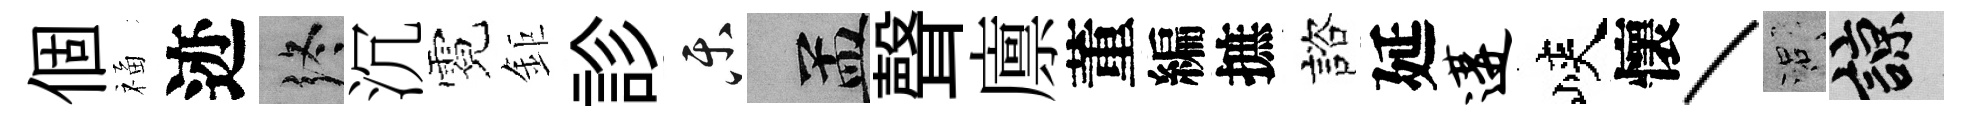
個福迹终沉霓鉅診乐汴聲廪董編摭諮延遘峽懷丶口諒